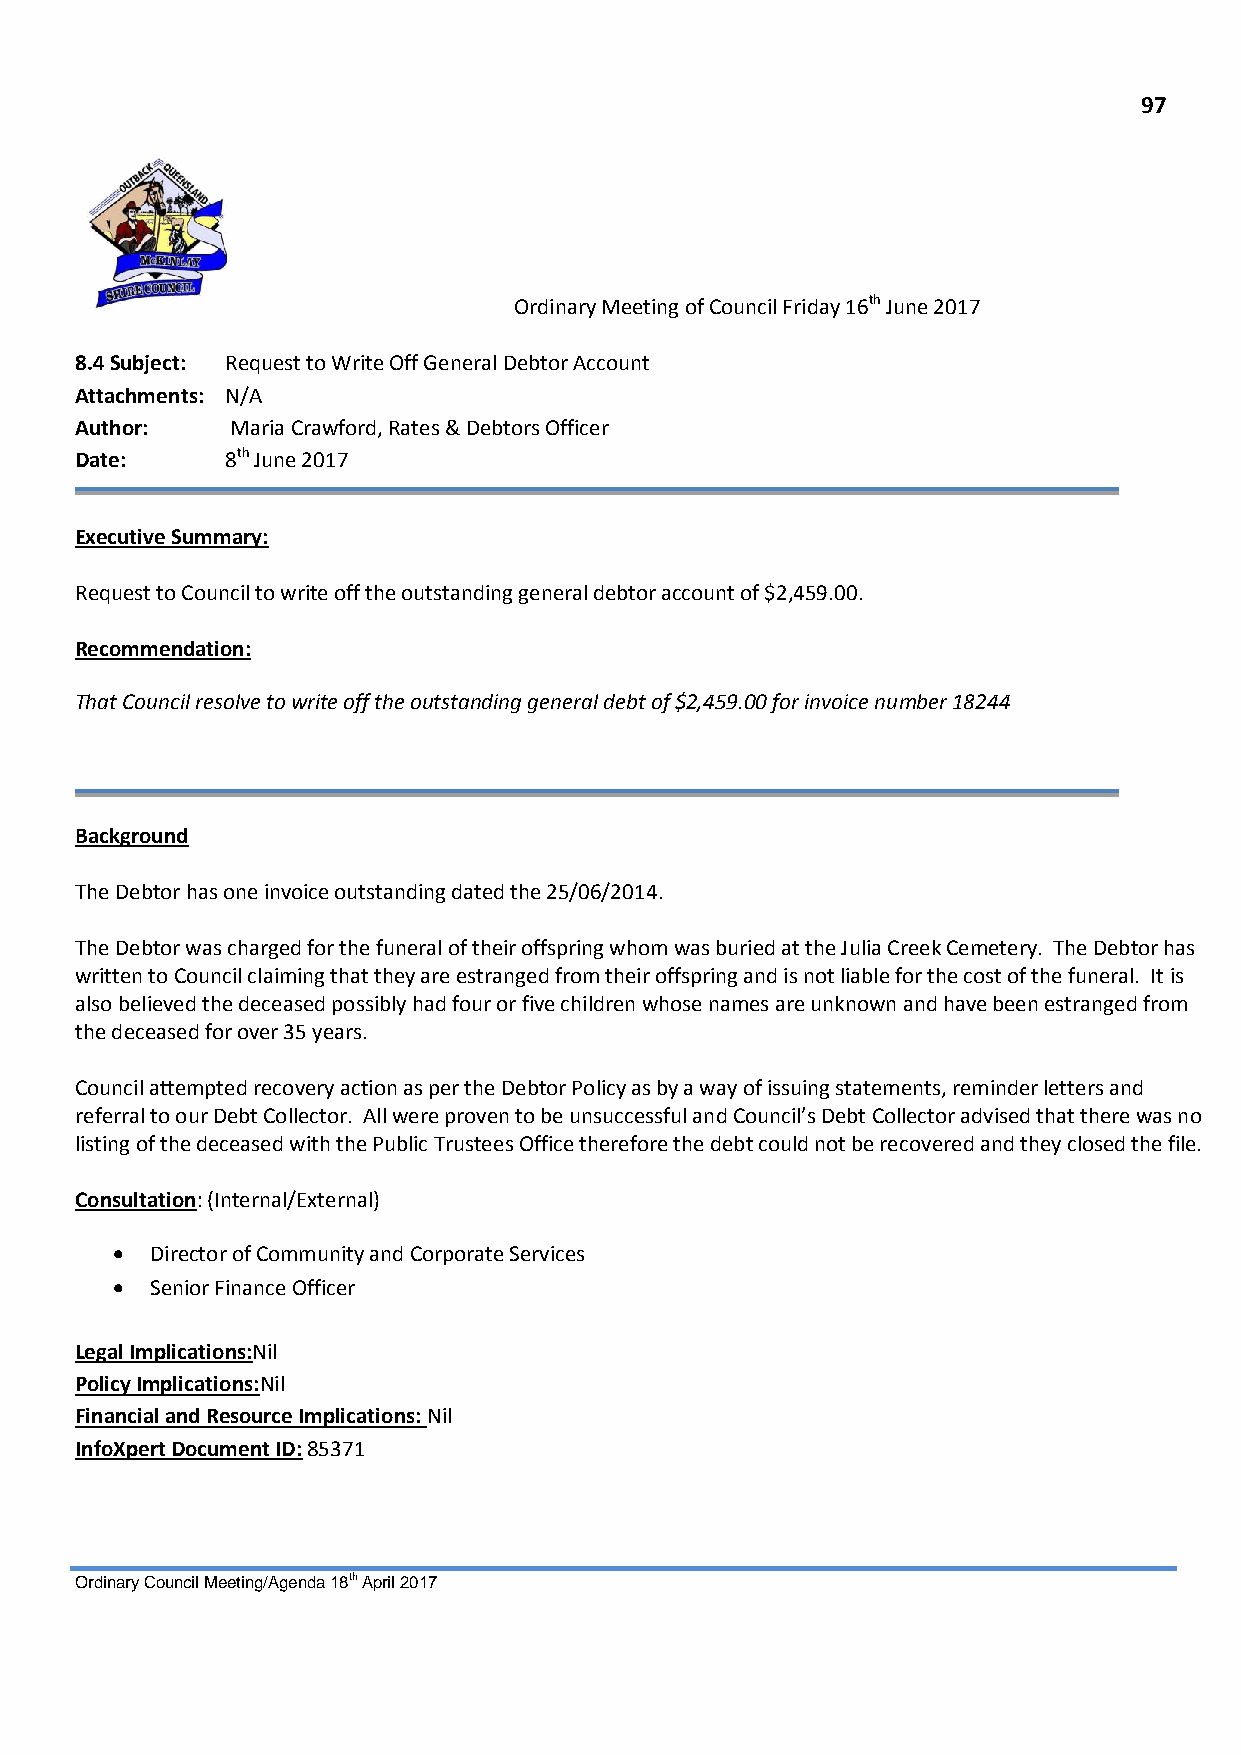
97
 Ordinary Meeting of Council Friday 16th June 2017
 8.4 Subject: Request to Write Off General Debtor Account
 Attachments: N/A
 Author:   Maria Crawford, Rates & Debtors Officer
 Date:     8th June 2017
 Executive Summary:
 Request to Council to write off the outstanding general debtor account of $2,459.00.
 Recommendation:
 That Council resolve to write off the outstanding general debt of $2,459.00 for invoice number 18244
 Background
 The Debtor has one invoice outstanding dated the 25/06/2014.
 The Debtor was charged for the funeral of their offspring whom was buried at the Julia Creek Cemetery. The Debtor has
 written to Council claiming that they are estranged from their offspring and is not liable for the cost of the funeral. It is
 also believed the deceased possibly had four or five children whose names are unknown and have been estranged from
 the deceased for over 35 years.
 Council attempted recovery action as per the Debtor Policy as by a way of issuing statements, reminder letters and
 referral to our Debt Collector. All were proven to be unsuccessful and Council’s Debt Collector advised that there was no
 listing of the deceased with the Public Trustees Office therefore the debt could not be recovered and they closed the file.
 Consultation: (Internal/External)
   Director of Community and Corporate Services
   Senior Finance Officer
 Legal Implications:Nil
 Policy Implications:Nil
 Financial and Resource Implications: Nil
 InfoXpert Document ID: 85371
 Ordinary Council Meeting/Agenda 18th April 2017